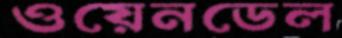
ওয়েনডেল